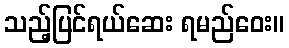
သည့်ပြင်ရယ်ဆေး ရမည်ဝေး။